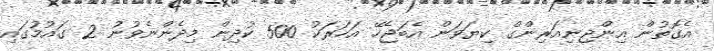
އެގޮތުން އިންޖިނިއަރިންގް ކިޔަވަން އެބަޖެހޭ އަހަރަކު 500 ކުދިން މިދެންނެވުނު 2 ގައުމުގައި